Lunatic asylums Madras 1877-1891 - 1877-1891
Year: 1877
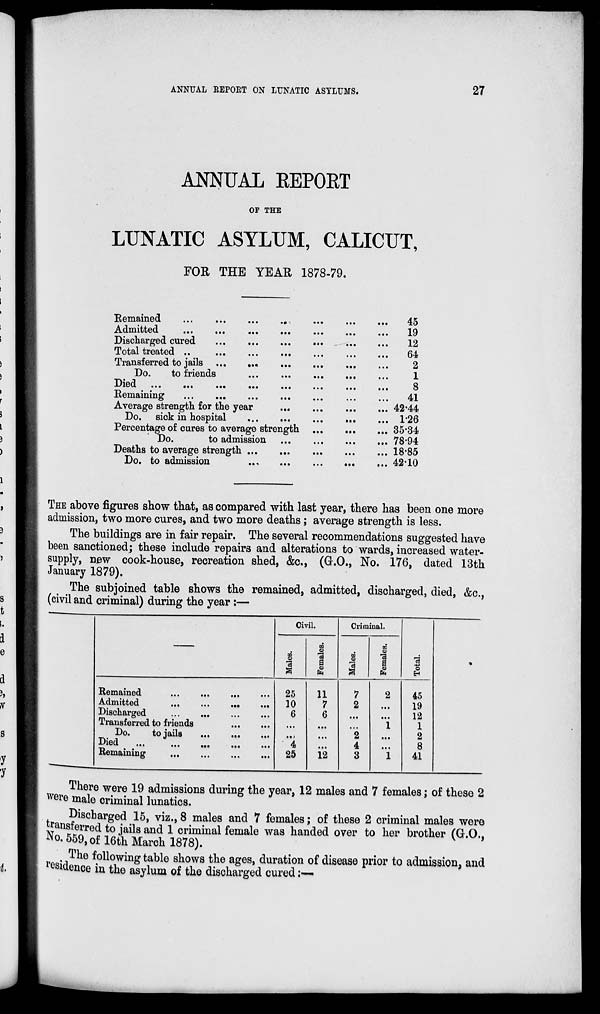
ANNUAL REPORT ON LUNATIC ASYLUMS.
27
ANNUAL REPORT
OF THE
LUNATIC ASYLUM, CALICUT,
FOR THE YEAR 1878-79.
Remained ... ... ... ... ... ... ...
Admitted ... ... ... ... ... ... ...
Discharged cured ... ... ... ... ... ...
Total treated ... ... ... ... ... ...
Transferred to jails
...
...
...
...
...
...
Do.
to friends ... ... ... ... ... ...
Died
...
...
...
...
...
...
...
Remaining ... ... ... ... ... ... ...
Average strength for the year
...
...
...
...
...
Do. sick in hospital ... ... ... ... ... ...
Percentage of cures to average strength ... ... ... ...
Do.
to admission ... ... ... ... ...
Deaths to average strength ... ... ... ... ...
Do. to admission
...
...
...
...
...
...
45
19
12
64
2
1
8
41
42.44
1.26
35.34
78.94
18.85
42.10
THE above figures show that, as compared with last year, there has been one more
admission, two more cures, and two more deaths; average strength is less.
The buildings are in fair repair. The several recommendations suggested have
been sanctioned; these include repairs and alterations to wards, increased water-
supply, new cook-house, recreation shed, &c., (G.O., No. 176, dated 13th
January 1879).
The subjoined table shows the remained, admitted, discharged, died, &c.,
(civil and criminal) during the year :—
Remained ... ... ... ...
Admitted
...
...
...
...
Discharged ... ... ... ...
Transferred to friends
...
...
Do.
to jails
...
...
...
Died
...
...
...
...
...
Remaining
...
...
...
...
Civil.
Males.
25
10
6
...
...
4
25
Females.
11
7
6
...
...
...
12
Criminal.
Males.
7
2
...
...
2
4
3
Females.
2
...
...
1
...
...
1
Total.
45
19
12
1
2
8
41
There were 19 admissions during the year, 12 males and 7 females ; of these 2
were male criminal lunatics.
Discharged 15, viz., 8 males and 7 females ; of these 2 criminal males were
transferred to jails and 1 criminal female was handed over to her brother (G.O.,
No. 559, of 16th March 1878).
The following table shows the ages, duration of disease prior to admission, and
residence in the asylum of the discharged cured:—